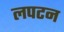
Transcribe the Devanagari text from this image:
लपटन